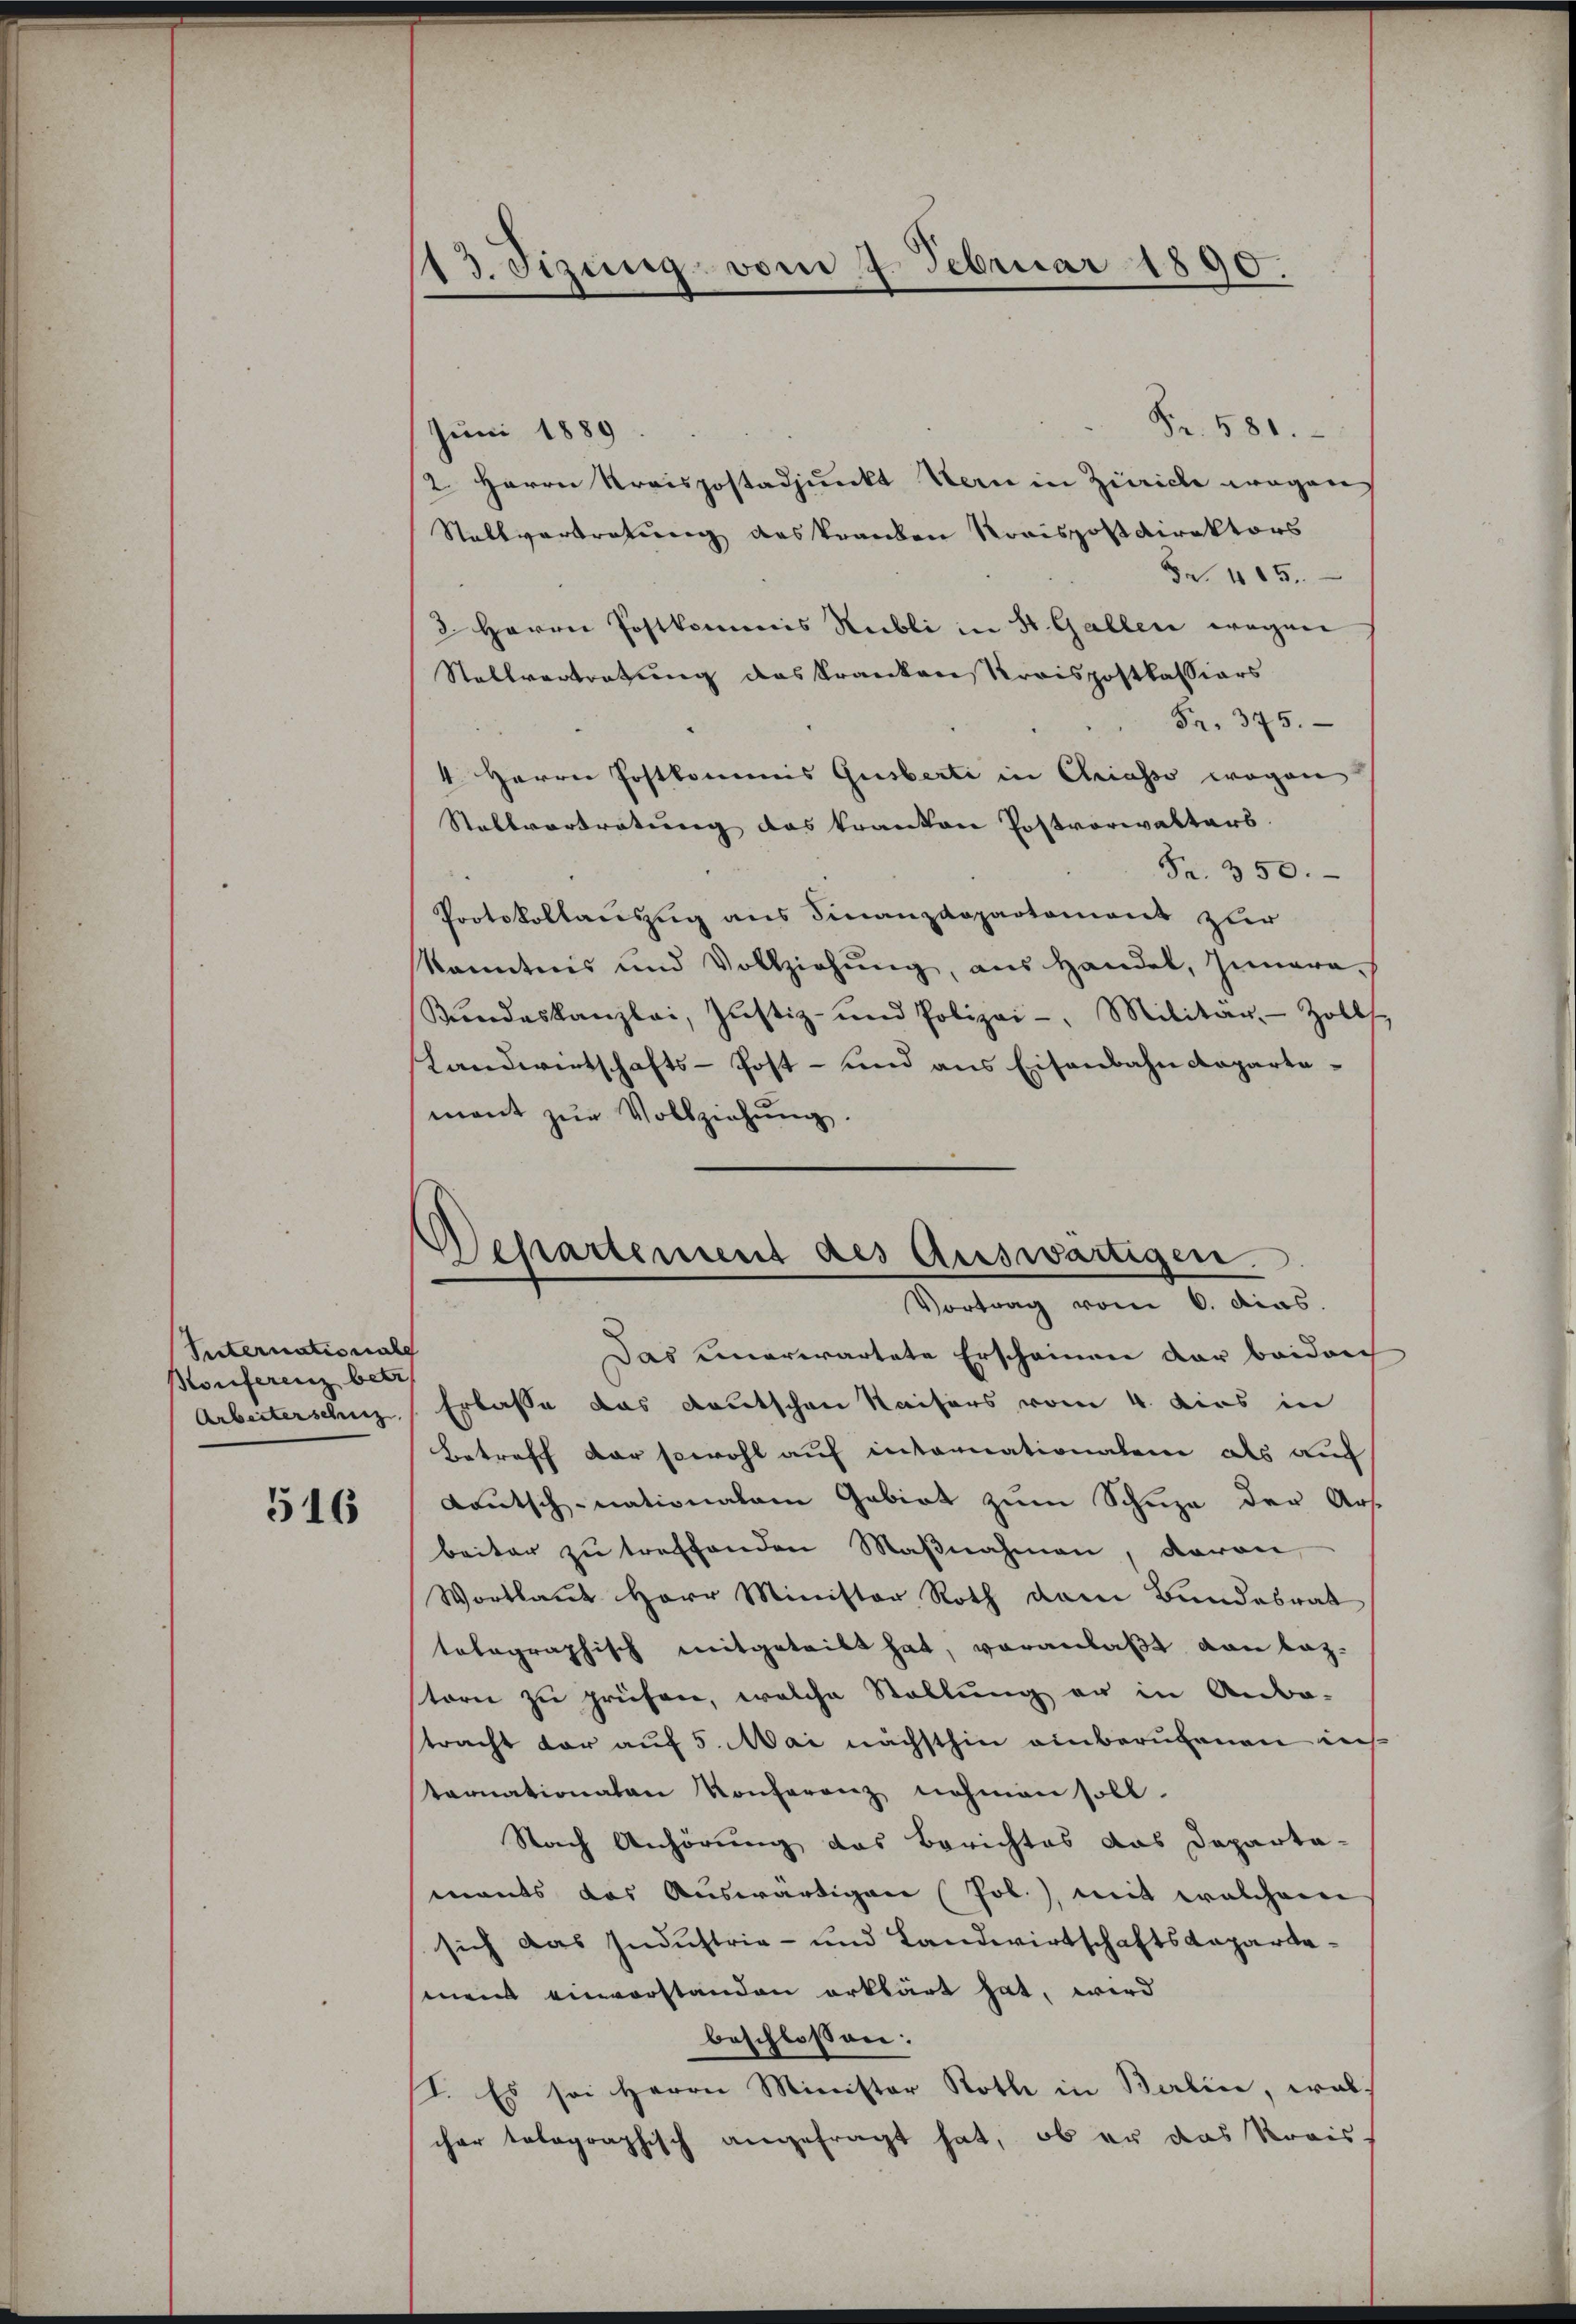
Suternationals
Konferenz betr.

516

113. Sizung vom 4. Februar 1890.

Departement des Auswärtigen.
Vortrag vom 6. dias.

Fr. 581.
Juni 1889
2 Herrn Kreispostadjunkt Hern in Zürich wegen
Stallvertretung das Tranden Roaispostdirektors
Fr. 405.
2. Herrn Postkommis Rubli in St. Gallen wegen
Stallvertretung das Kranken Kreispostkassiars
Fr. 375.
4 Herrn Postkommnis Guberti in Criasso wegen
Stellvertretung das kranken Postvorwalters.
Fr. 350.
Protokollanzug aus Finanzdepartement zur
kanntnis und Vollziehŭng, ans Handel, Innera-
Stŭndeskanzlei, Justiz- und Polizei-, Militär. Zolls
Landwirtschafts-Post- und aus Eisenbahndepartemant zŭr Vollziehung.
Das unerwartete Erscheinen der beider
Arbeiterschuz. Erlasse das Kautschen Kaisers vom 4. dies in
Betreff der sowohl auf internationalen als auc
Lautsch-nationalem Gebiet zum Schuze der Art
beiter zŭ treffenden Maβnahmen, davon
Wortlaut Herr Minister Roth dem Bundesrat
tolographisch mitgetritt hat, veranlaßt von Laz-
torn zu prüfen, welche Stellung er in Anba-
tracht dar auf 5. Mai nächsthin einberufenen ins
tarnationalen Konferenz nehmen soll.
Stach Anhörung das Berichtes das Daparta-
mants das Auswärtigen Job.), mit welchem
sich das Industrie- und Landwirtschaftskapartemnent einverstanden erklärt hat, wird
beschlossen:
I. Es sei Herrn Minister Rothe in Berlin, walcher tolographisch angefragt hat, ob er das Kreis-